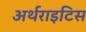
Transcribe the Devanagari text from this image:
अर्थराइटिस